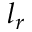
l _ { r }